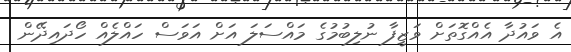
އެ ވައުދާ އެއްގޮތަށް ވަޒީފާ ނުލިބުމުގެ މައްސަލަ އަށް އަވަސް ހައްލެއް ހޯދައިދޭން